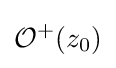
{\mathcal {O}}^{+}(z_{0})